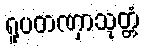
ရူပတဏှာသုတ္တံ